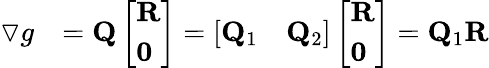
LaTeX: \begin{array}{rl}{\triangledown g}&{=\mathbf Q\left[\begin{array}{l}{\mathbf R}\\ {\mathbf 0}\end{array}\right]=\left[\begin{array}{ll}{\mathbf Q_{1}}&{\mathbf Q_{2}}\end{array}\right]\left[\begin{array}{l}{\mathbf R}\\ {\mathbf 0}\end{array}\right]=\mathbf Q_{1}\mathbf R}\end{array}